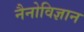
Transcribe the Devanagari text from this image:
नैनोविज्ञान